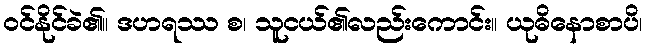
ဝင်နိုင်ခဲ၏။ ဒဟရဿ စ၊ သူငယ်၏လည်းကောင်း။ ယုဓိနောစာပိ၊